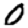
Digit: 0